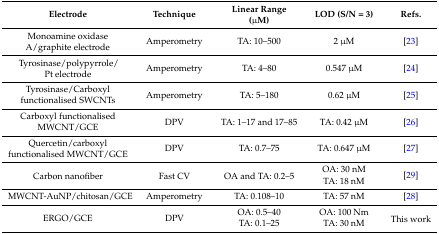
<table><thead><tr><td><b>Electrode</b></td><td><b>Technique</b></td><td><b>Linear Range (μM)</b></td><td><b>LOD (S/N = 3)</b></td><td><b>Refs.</b></td></tr></thead><tbody><tr><td>Monoamine oxidase A/graphite electrode</td><td>Amperometry</td><td>TA: 10–500</td><td>2 μM</td><td>[23]</td></tr><tr><td>Tyrosinase/polypyrrole/Pt electrode</td><td>Amperometry</td><td>TA: 4–80</td><td>0.547 μM</td><td>[24]</td></tr><tr><td>Tyrosinase/Carboxyl functionalised SWCNTs</td><td>Amperometry</td><td>TA: 5–180</td><td>0.62 μM</td><td>[25]</td></tr><tr><td>Carboxyl functionalised MWCNT/GCE</td><td>DPV</td><td>TA: 1–17 and 17–85</td><td>TA: 0.42 μM</td><td>[26]</td></tr><tr><td>Quercetin/carboxyl functionalised MWCNT/GCE</td><td>DPV</td><td>TA: 0.7–75</td><td>TA: 0.647 μM</td><td>[27]</td></tr><tr><td rowspan="2">Carbon nanofiber</td><td rowspan="2">Fast CV</td><td rowspan="2">OA and TA: 0.2–5</td><td>OA: 30 nM</td><td rowspan="2">[29]</td></tr><tr><td>TA: 18 nM</td></tr><tr><td>MWCNT-AuNP/chitosan/GCE</td><td>Amperometry</td><td>TA: 0.108–10</td><td>TA: 57 nM</td><td>[28]</td></tr><tr><td rowspan="2">ERGO/GCE</td><td rowspan="2">DPV</td><td>OA: 0.5–40</td><td>OA: 100 Nm</td><td rowspan="2">This work</td></tr><tr><td>TA: 0.1–25</td><td>TA: 30 nM</td></tr></tbody></table>